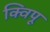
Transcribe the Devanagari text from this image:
क्विपू